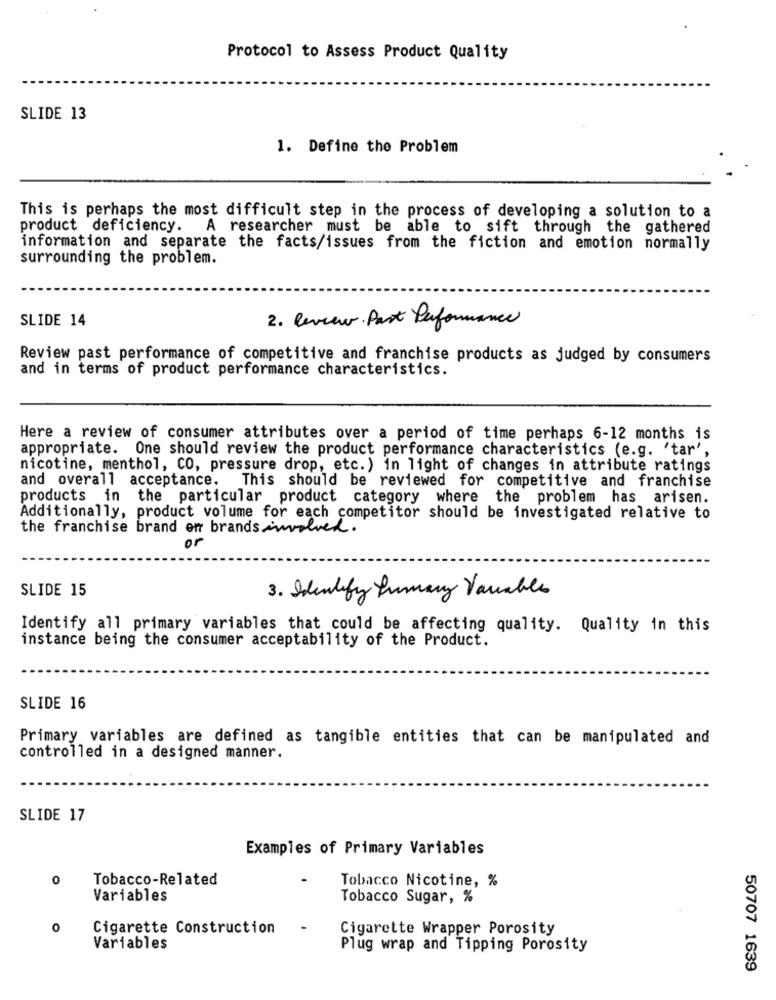
Protocol to Assess Product Quality
SLIDE 13
1. Define the Problem
This is perhaps the most difficult step in the process of developing a solution to a
product deficiency. A researcher must be able to sift through the gathered
information and separate the facts/issues from the fiction and emotion normally
surrounding the problem.
SLIDE 14
2. Review. Past Performance
Review past performance of competitive and franchise products as judged by consumers
and in terms of product performance characteristics.
Here a review of consumer attributes over a period of time perhaps 6-12 months is
appropriate. One should review the product performance characteristics (e.g. 'tar',
nicotine, menthol, CO, pressure drop, etc. ) in light of changes in attribute ratings
and overall acceptance.
This should be reviewed for competitive and franchise
products in the particular product category where the problem has arisen.
Additionally, product volume for each competitor should be investigated relative to
the franchise brand of brands involved.
or
SLIDE 15
3. Identify Lumary Vanable
Identify all primary variables that could be affecting quality. Quality in this
instance being the consumer acceptability of the Product.
SLIDE 16
Primary variables are defined as tangible entities that can be manipulated and
controlled in a designed manner.
SLIDE 17
Examples of Primary Variables
0
Tobacco-Related
Tobacco Nicotine, %
Variables
Tobacco Sugar, %
0
Cigarette Construction
Cigarette Wrapper Porosity
Variables
Plug wrap and Tipping Porosity
50707 1639